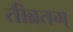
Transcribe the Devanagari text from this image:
तीब्रतम्